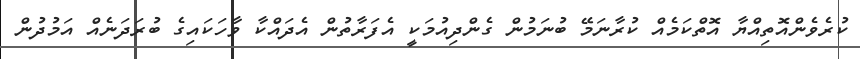
ކުރެވެންއޮތިއްޔާ އޮތްކަމެއް ކުރާނަމޭ ބުނަމުން ގެންދިއުމަކީ އެފަރާތުން އެދައްކާ ވާހަކައިގެ ބުރަދަނެއް އަމުދުން